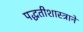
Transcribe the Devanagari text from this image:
पद्धतीशास्त्राने